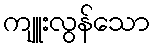
ကျူးလွန်သော